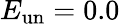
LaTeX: E_{\mathrm{un}}=0.0